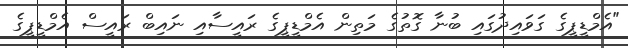
"އެމްޑީޕީގެ ގަވައިދުގައި ބުނާ ގޮތުގެ މަތިން އެމްޑީޕީގެ ރައީސާއި ނައިބް ރައީސް އެމްޑީޕީގެ